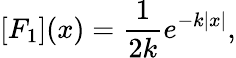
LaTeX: [F_{1}](x)=\frac{1}{2k}e^{-k|x|},